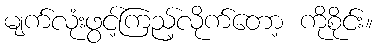
မျက်လုံးဖွင့်ကြည့်လိုက်တော့ ကိုစိုင်း။